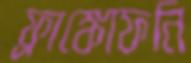
ফ্রাঙ্কোফনি